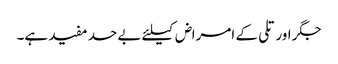
جگر اور تلی کے امراض کیلئے بے حد مفید ہے۔